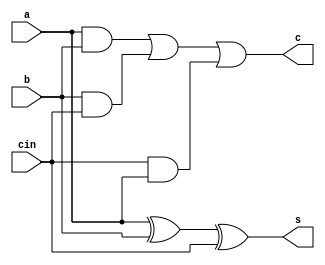
///////////design//////////////////////////
module full_adder(a,b,cin,s,c);
input a,b,cin;
output s,c;
assign s=a^b^cin;
assign c=a&b|b&cin|cin&a;
endmodule